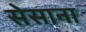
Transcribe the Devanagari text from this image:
सेसाना